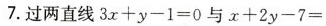
7.过两直线$$3 x + y - 1 = 0$$与$$x + 2 y - 7 =